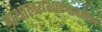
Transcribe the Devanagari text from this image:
ग्रंथालयशास्त्रावरील